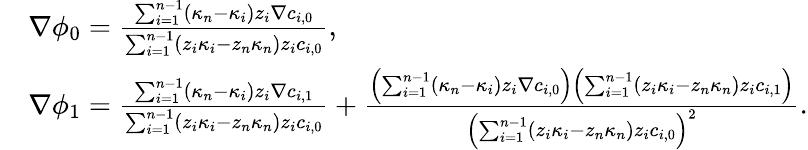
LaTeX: \begin{array}{rl}&{\nabla\phi_{0}=\frac{\sum_{i=1}^{n-1}(\kappa_{n}-\kappa_{i})z_{i}\nabla c_{i,0}}{\sum_{i=1}^{n-1}(z_{i}\kappa_{i}-z_{n}\kappa_{n})z_{i}c_{i,0}},}\\ &{\nabla\phi_{1}=\frac{\sum_{i=1}^{n-1}(\kappa_{n}-\kappa_{i})z_{i}\nabla c_{i,1}}{\sum_{i=1}^{n-1}(z_{i}\kappa_{i}-z_{n}\kappa_{n})z_{i}c_{i,0}}+\frac{\left(\sum_{i=1}^{n-1}(\kappa_{n}-\kappa_{i})z_{i}\nabla c_{i,0}\right)\left(\sum_{i=1}^{n-1}(z_{i}\kappa_{i}-z_{n}\kappa_{n})z_{i}c_{i,1}\right)}{\left(\sum_{i=1}^{n-1}(z_{i}\kappa_{i}-z_{n}\kappa_{n})z_{i}c_{i,0}\right)^{2}}.}\end{array}